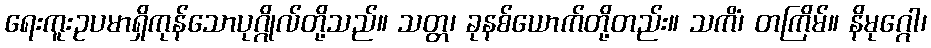
ရေးကူးဥပမာရှိကုန်သောပုဂ္ဂိုလ်တို့သည်။ သတ္တ၊ ခုနစ်ယောက်တို့တည်း။ သကိံ၊ တကြိမ်။ နိမုဂ္ဂေါ၊